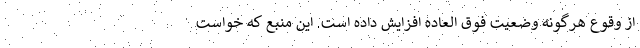
از وقوع هرگونه وضعیت فوق العاده افزایش داده است. این منبع که خواست